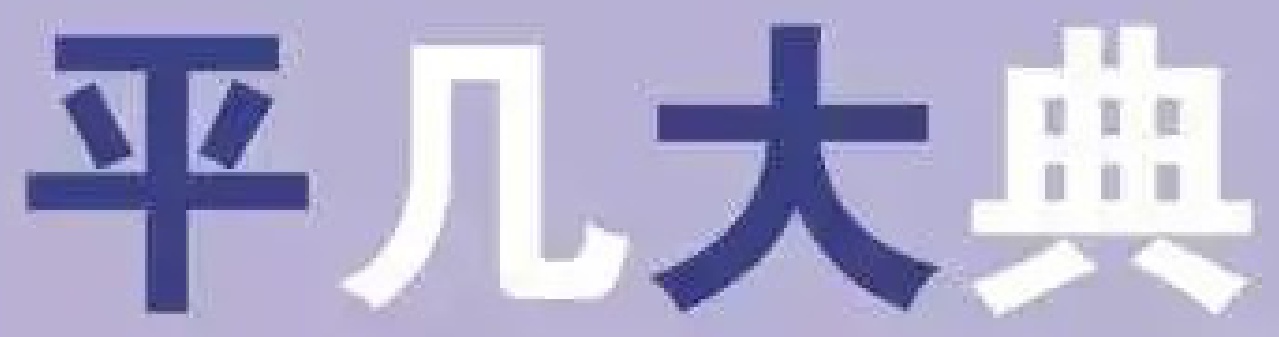
平几大典